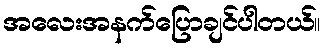
အလေးအနက်ပြောချင်ပါတယ်။